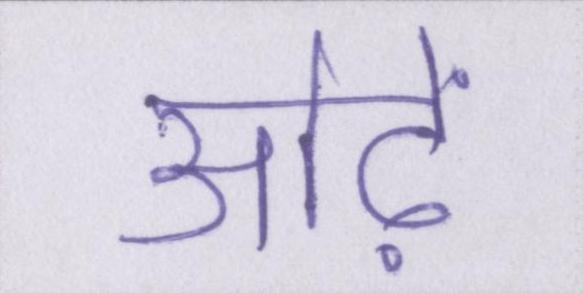
ओढ़ें